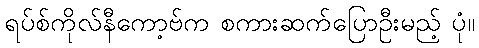
ရပ်စ်ကိုလ်နီကော့ဗ်က စကားဆက်ပြောဦးမည့် ပုံ။